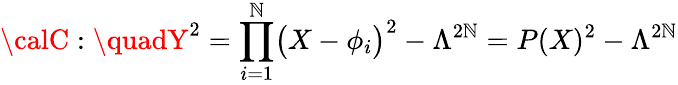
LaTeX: {\calC}:\quadY^{2}=\prod_{i=1}^{\mathbb{N}}\bigl(X-\phi_{i}\bigr)^{2}-\Lambda^{2\mathbb{N}}=P(X)^{2}-\Lambda^{2\mathbb{N}}